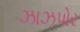
ઝાઝપોર